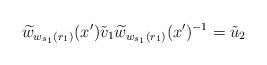
LaTeX: \begin{align*} \widetilde w_{w_{s_1}(r_1)}(x')\tilde{v}_1\widetilde w_{w_{s_1}(r_1)}(x')^{-1}=\tilde{u}_2\end{align*}